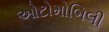
ઓટોમોબિલી